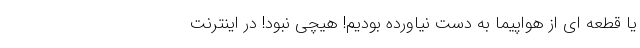
یا قطعه ای از هواپیما به دست نیاورده بودیم! هیچی نبود! در اینترنت